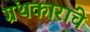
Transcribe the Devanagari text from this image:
ग्रंथकारांचे